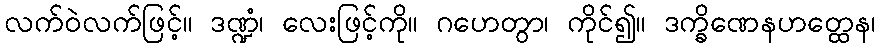
လက်ဝဲလက်ဖြင့်။ ဒဏ္ဍံ၊ လေးဖြင့်ကို။ ဂဟေတွာ၊ ကိုင်၍။ ဒက္ခိဏေနဟတ္ထေန၊